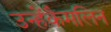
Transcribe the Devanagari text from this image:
उन्हेंकैमलिन